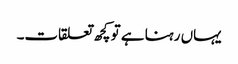
یہاں رہنا ہے تو کچھ تعلقات۔